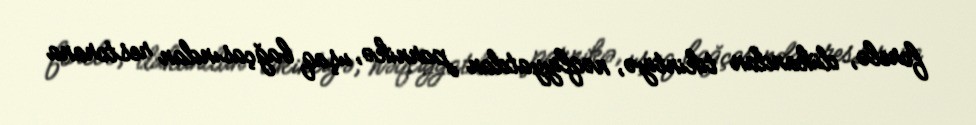
forelə, dükandan tikintiyə, nəqliyyatdan parnikə, uşaq bağçasından restorana